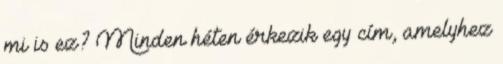
mi is ez? Minden héten érkezik egy cím, amelyhez